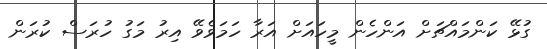
ގުޅޭ ކަންމައްޗަށް އަންހެން މީހައަށް އަރާ ހަމަވެވޭ އިރު މަގު ހުރަސް ކުރަން